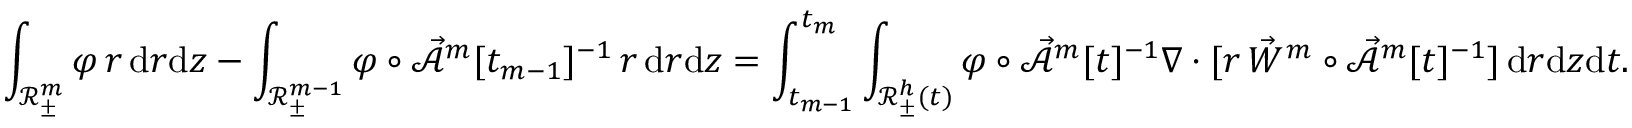
\int _ { \mathscr { R } _ { \pm } ^ { m } } \varphi \, r \, \mathrm { d } r \mathrm { d } z - \int _ { \mathscr { R } _ { \pm } ^ { m - 1 } } \varphi \circ \mathcal { \vec { A } } ^ { m } [ t _ { m - 1 } ] ^ { - 1 } \, r \, \mathrm { d } r \mathrm { d } z = \int _ { t _ { m - 1 } } ^ { t _ { m } } \int _ { \mathscr { R } _ { \pm } ^ { h } ( t ) } \varphi \circ \mathcal { \vec { A } } ^ { m } [ t ] ^ { - 1 } \nabla \cdot [ r \, \vec { W } ^ { m } \circ \mathcal { \vec { A } } ^ { m } [ t ] ^ { - 1 } ] \, \mathrm { d } r \mathrm { d } z \mathrm { d } t .